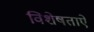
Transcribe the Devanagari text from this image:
विशेषताऐ